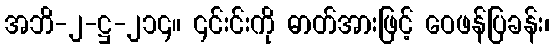
အဘိ-၂-ဋ္ဌ-၂၁၄။ ၎င်းင်းကို ဓာတ်အားဖြင့် ဝေဖန်ပြခန်း၊